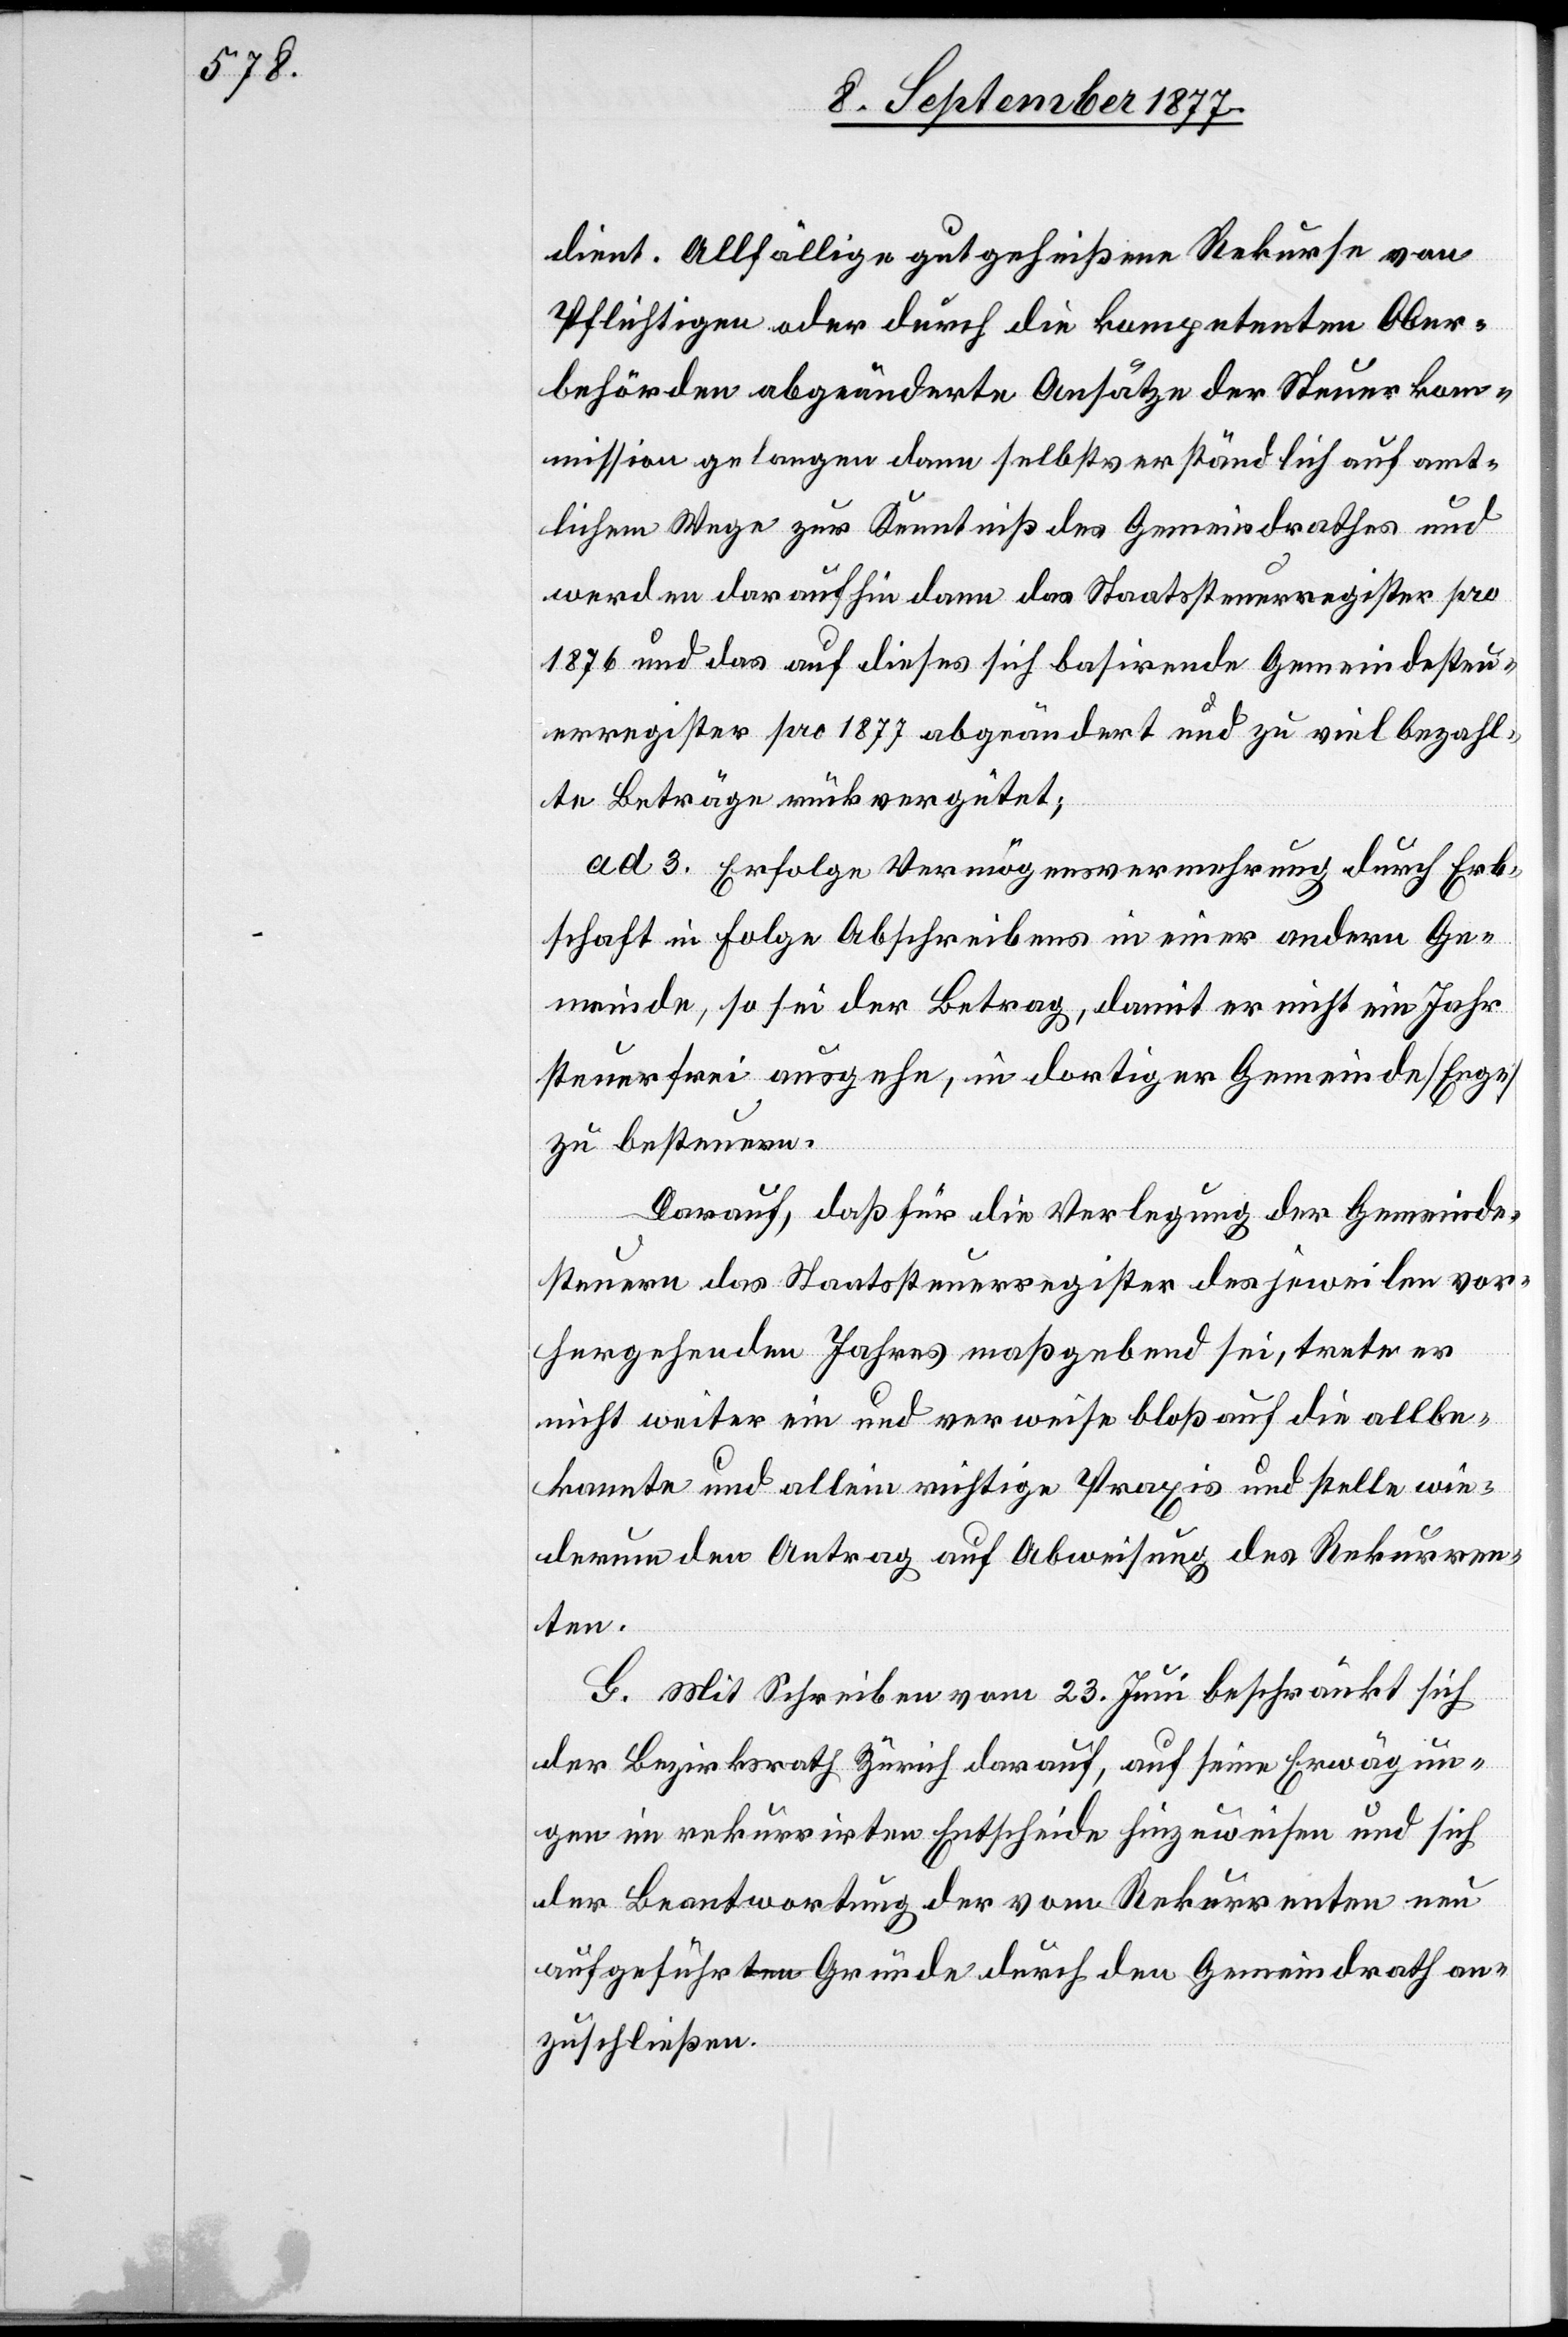
dient. Allfällige gutgeheißene Rekurse von
Pflichtigen oder durch die kompetenten Ober¬
behörden abgeänderte Ansätze der Steuerko¬
mmission gelangen dann selbstverständlich auf amt¬
lichem Wege zur Kenntniß des Gemeindrathes und
werden daraufhin dann das Staatssteuerregister pro
1876 und das auf dieses sich basirende Gemeindesteu¬
erregister pro 1877 abgeändert und zu viel bezahl¬
te Beträge rückvergütet;
ad 3. Erfolge Vermögensvermehrung durch Erb¬
schaft in Folge Abschreibens in einer andern Ge¬
meinde, so sei der Betrag, damit er nicht ein Jahr
steuerfrei ausgehe, in dortiger Gemeinde [Enge]
zu besteuern.
Darauf, daß für die Verlegung der Gemeinde¬
steuern das Staatssteuerregister des jeweilen vor¬
hergehenden Jahres maßgebend sei, trete er
nicht weiter ein und verweise bloß auf die allbe¬
kannte und allein richtige Praxis und stelle wie¬
derum den Antrag auf Abweisung des Rekurren¬
ten.
G. Mit Schreiben vom 23. Juni beschränkt sich
der Bezirksrath Zürich darauf, auf seine Erwägun¬
gen im rekurrirten Entscheide hinzuweisen und sich
der Beantwortung der vom Rekurrenten neu
aufgeführten Gründe durch den Gemeindrath an¬
zuschließen.